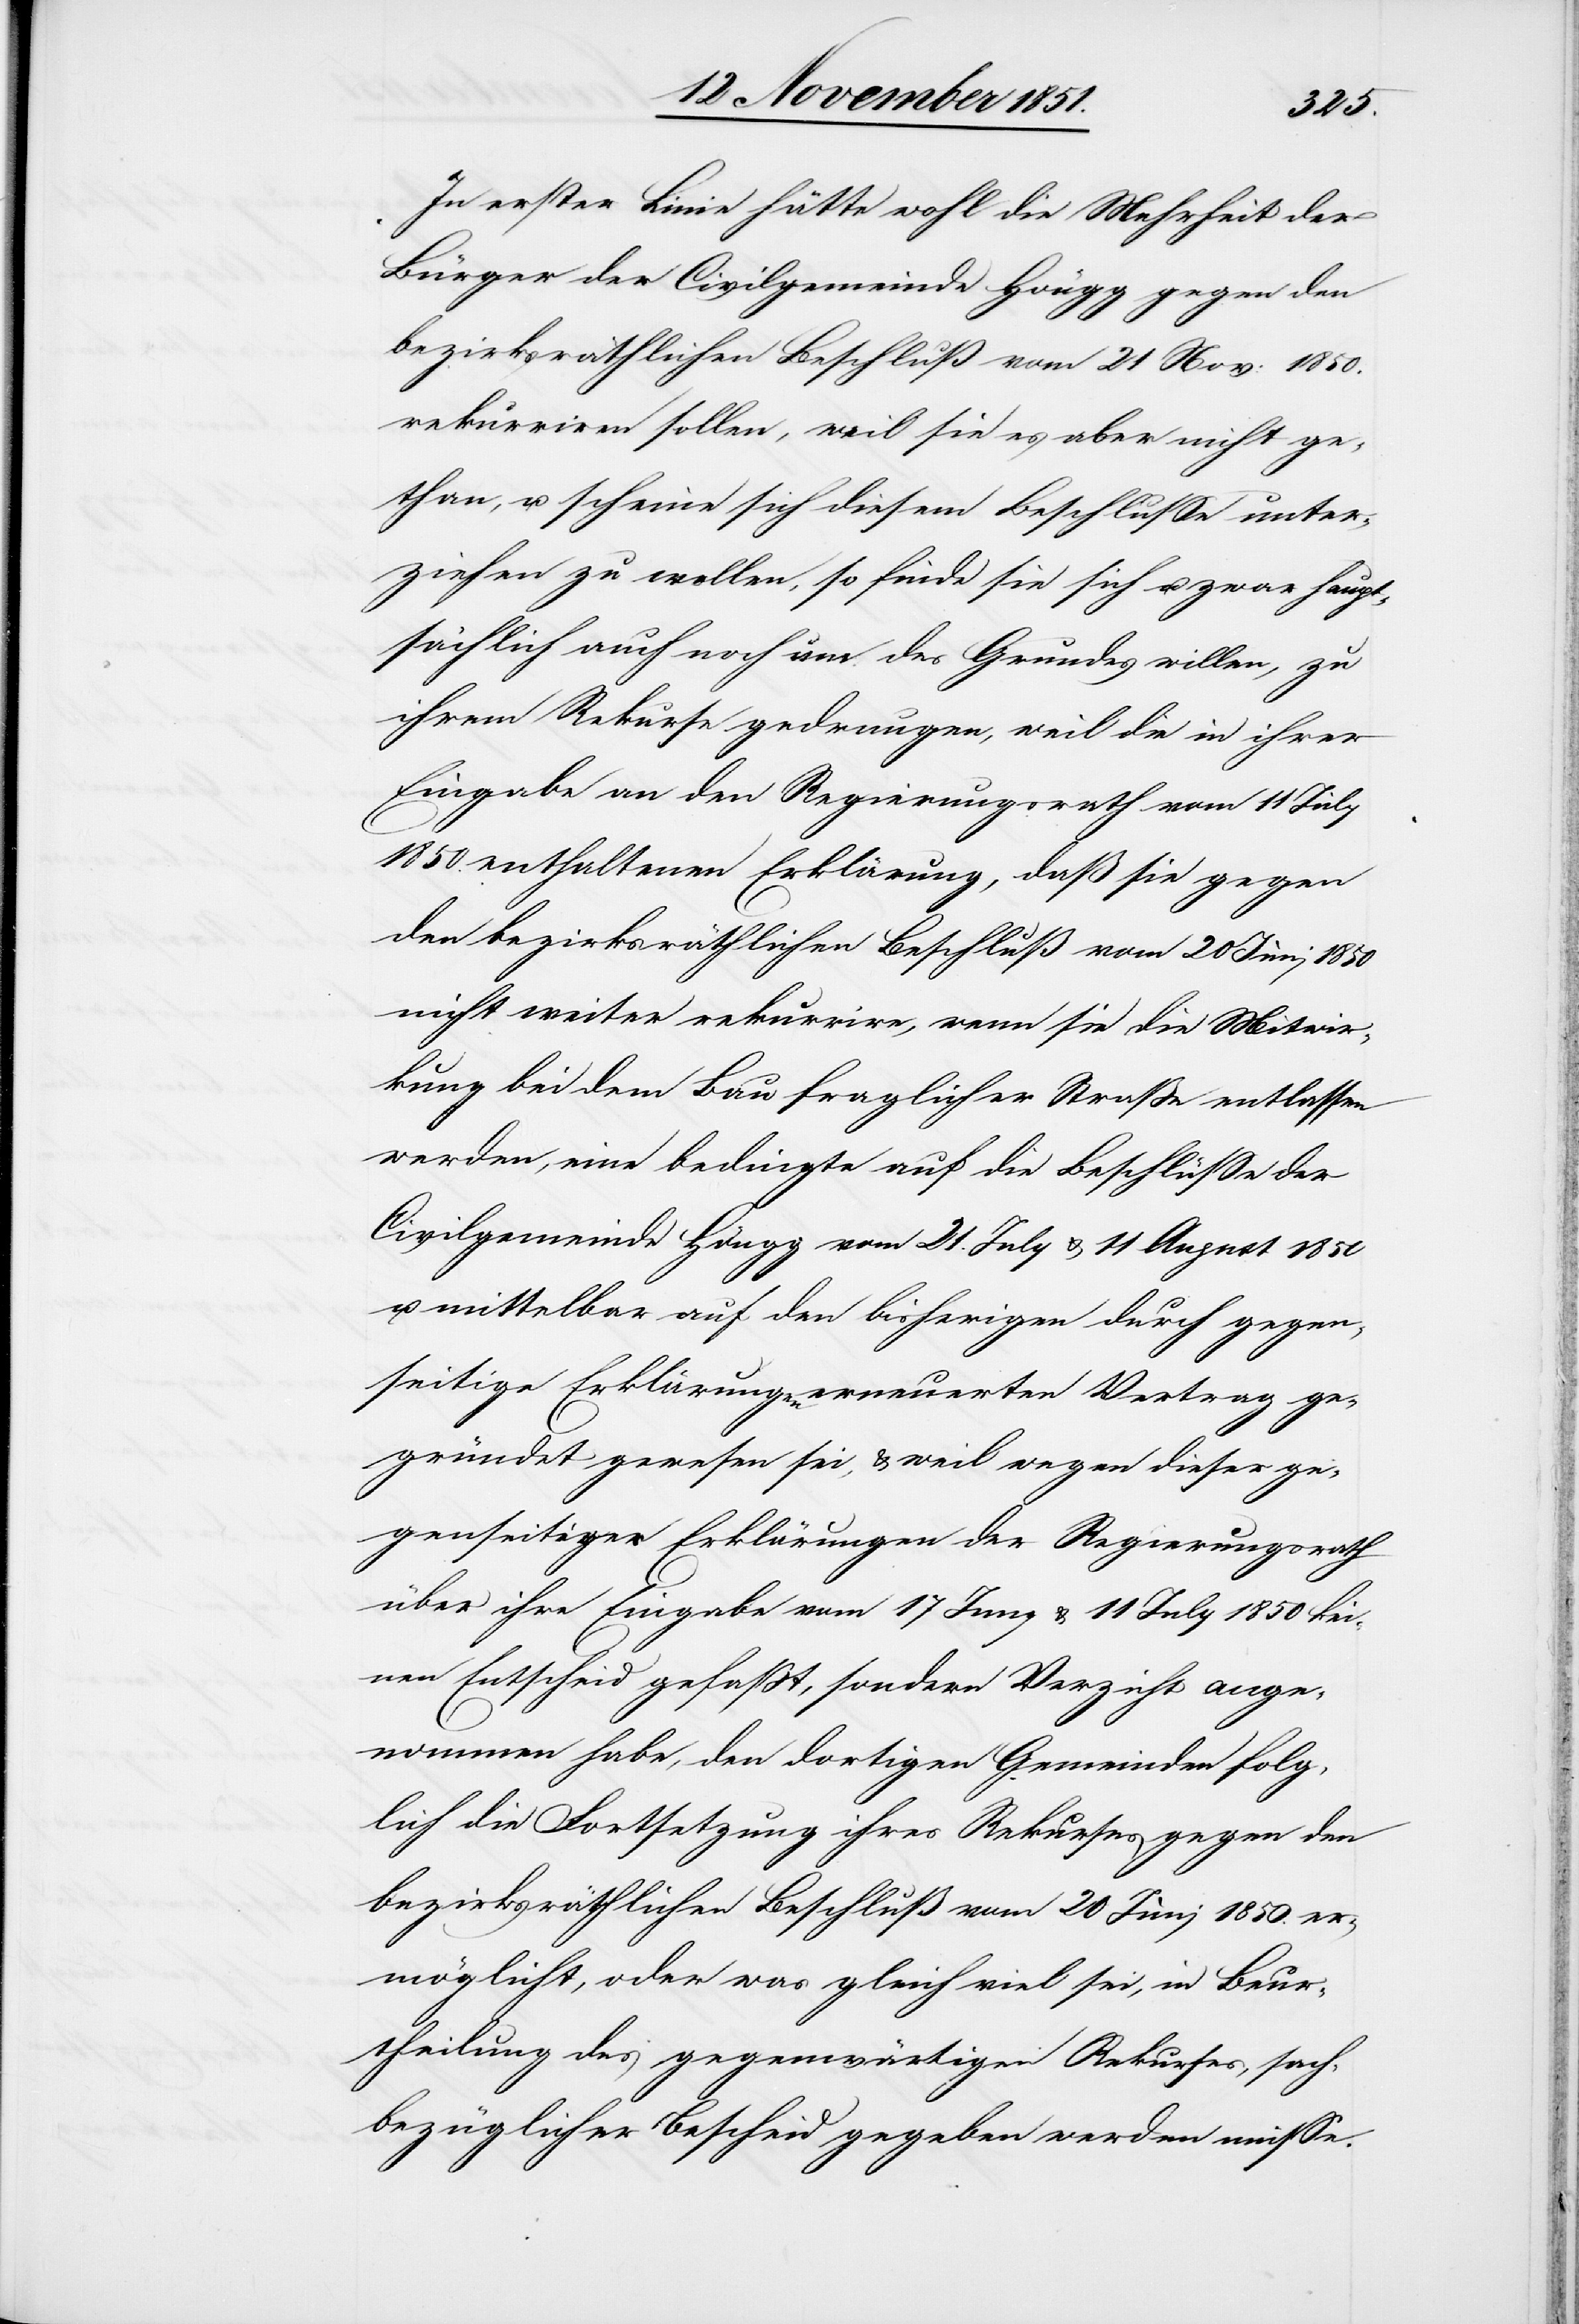
In erster Linie hätte wohl die Mehrheit der
Bürger der Civilgemeinde Höngg gegen den
bezirksräthlichen Beschluß vom 21 Nov: 1850.
rekurriren sollen, weil sie es aber nicht ge¬
than, u. scheine sich diesem Beschlusse unter¬
ziehen zu wollen, so finde sie sich u. zwar haupt¬
sächlich auch noch um des Grundes willen, zu
ihrem Rekurse gedrungen, weil die in ihrer
Eingabe an den Regierungsrath vom 11 July
1850. enthaltenen Erklärung, daß sie gegen
den bezirksräthlichen Beschluß vom 20 Juni 1850
nicht weiter rekurrire, wenn sie die Mitwir¬
kung bei dem Bau fraglicher Straße entlassen
werden, eine bedingte auf die Beschlüsse der
Civilgemeinde Höngg vom 21. July & 11 August 1850
u. mittelbar auf den bisherigen durch gegen¬
seitige Erklärungen erneuerten Vertrag ge¬
gründet gewesen sei, & weil wegen dieser ge¬
genseitiger Erklärungen der Regierungsrath
über ihre Eingabe vom 17 Juny & 11 July 1850 kei¬
nen Entscheid gefaßt, sondern Verzicht ange¬
nommen habe, den dortigen Gemeinden folg¬
lich die Fortsetzung ihres Rekurses gegen den
bezirksräthlichen Beschluß vom 20 Juni 1850. er¬
möglicht, oder was gleich viel sei, in Beur¬
theilung des gegenwärtigen Rekurses, sach¬
bezüglicher Bescheid gegeben werden müsse.